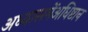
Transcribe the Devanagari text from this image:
अध्यासमेंअधिष्टान